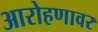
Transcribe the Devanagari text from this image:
आरोहणावर